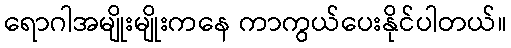
ရောဂါအမျိုးမျိုးကနေ ကာကွယ်ပေးနိုင်ပါတယ်။